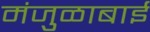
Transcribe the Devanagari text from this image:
मंजुळाबाई